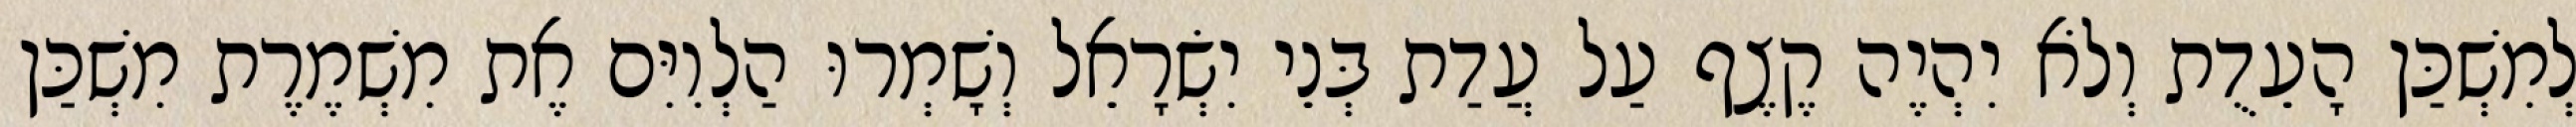
לְמִשְׁכַּן הָעֵדֻת וְלֹא יִהְיֶה קֶצֶף עַל עֲדַת בְּנֵי יִשְׂרָאֵל וְשָׁמְרוּ הַלְוִיִּם אֶת מִשְׁמֶרֶת מִשְׁכַּן